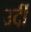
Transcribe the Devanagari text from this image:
उर्दी